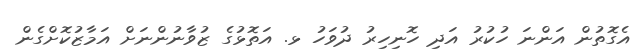
އެގޮތުން އަންނަ ހުކުރު އަދި ހޮނިހިރު ދުވަހު ޅ. އަތޮޅުގެ ޒުވާނުންނަށް އަމާޒުކޮށްގެން